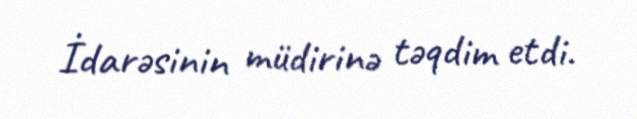
İdarəsinin müdirinə təqdim etdi.